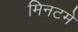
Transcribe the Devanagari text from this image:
मिनटमे